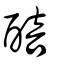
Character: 醅